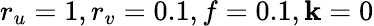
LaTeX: r_{u}=1,r_{v}=0.1,f=0.1,\mathbf{k}=0